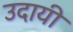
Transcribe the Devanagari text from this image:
उदायी